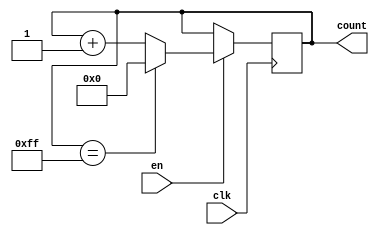
module binary_up_counter(
  input wire clk,
  input wire en,
  output reg [N-1:0] count
);

parameter N = 8; // width of the counter
reg [N-1:0] next_count;

always @ (posedge clk) begin
  if (en) begin
    if (count == (2**N)-1) begin
      next_count <= 0;
    end else begin
      next_count <= count + 1;
    end
  end else begin
    next_count <= count;
  end
end

always @* begin
  count <= next_count;
end

endmodule